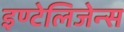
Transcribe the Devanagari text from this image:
इण्टेलिजेन्स